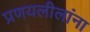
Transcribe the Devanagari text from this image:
प्रणयलीलांना